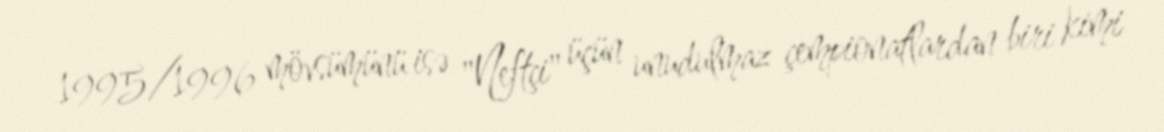
1995/1996 mövsümünü isə "Neftçi" üçün unudulmaz çempionatlardan biri kimi